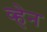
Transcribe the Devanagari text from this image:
व्‍हेन